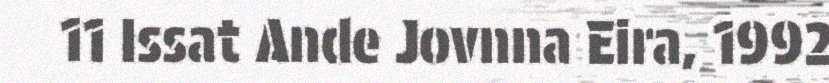
11 Issat Ande Jovnna Eira, 1992